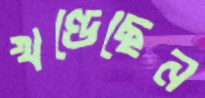
খণ্ডেছেন